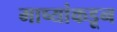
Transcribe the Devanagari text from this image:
माष्यांकडून